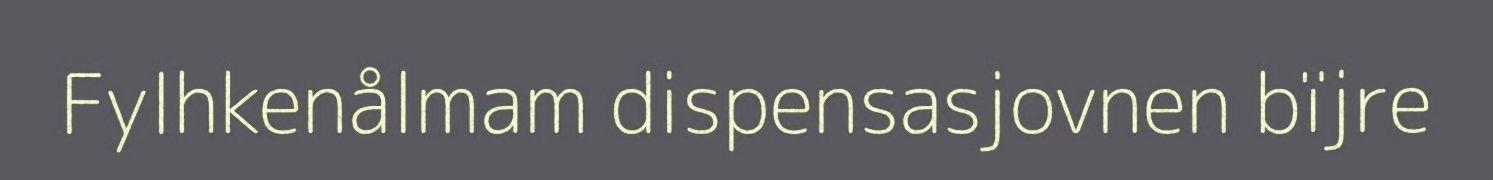
Fylhkenålmam dispensasjovnen bïjre